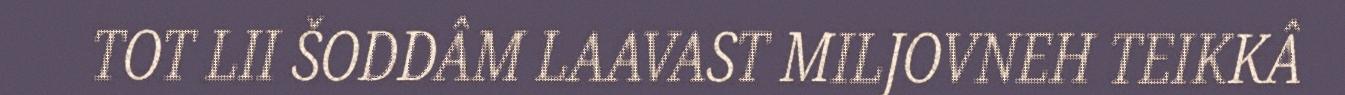
TOT LII ŠODDÂM LAAVAST MILJOVNEH TEIKKÂ